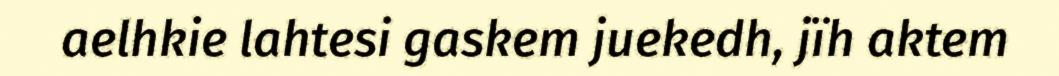
aelhkie lahtesi gaskem juekedh, jïh aktem